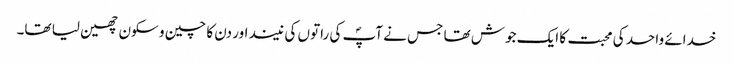
خدائے واحد کی محبت کا ایک جوش تھا جس نے آپؐ کی راتوں کی نیند اور دن کا چین و سکون چھین لیا تھا۔